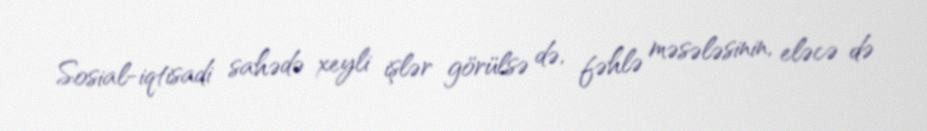
Sosial-iqtisadi sahədə xeyli işlər görülsə də, fəhlə məsələsinin, eləcə də